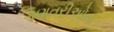
ગણતરીઓના